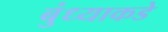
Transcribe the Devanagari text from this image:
बुंध्याकडे